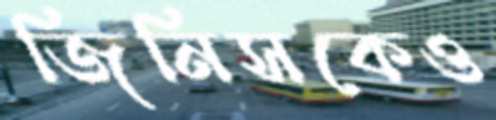
জিনিসকেও